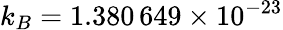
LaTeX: k_{B}=1.380\, 649\times 10^{-23}